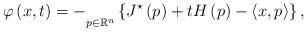
LaTeX: \begin{align*}\varphi\left(x,t\right)=-\underset{p\in\mathbb{R}^{n}}{}\left\{ J^{\star}\left(p\right)+tH\left(p\right)-\left\langle x,p\right\rangle \right\} ,\end{align*}